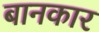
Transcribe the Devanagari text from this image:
बानकार